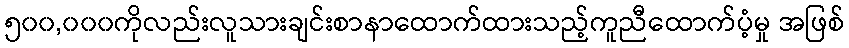
၅၀၀,၀၀၀ကိုလည်းလူသားချင်းစာနာထောက်ထားသည့်ကူညီထောက်ပံ့မှု အဖြစ်